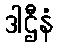
ဒါဌီနံ